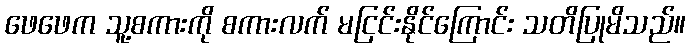
ဖေဖေက သူ့စကားကို စကားလက် မငြင်းနိုင်ကြောင်း သတိပြုမိသည်။